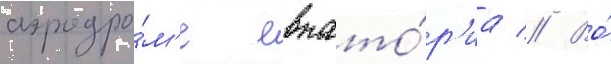
аэродро́м'е евпато́р'иа // Во́